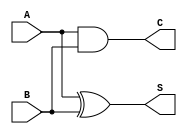
module HalfAdder(
    input A,
    input B,
    output S,
    output C
);
    assign S = A ^ B; // Sum is A XOR B
    assign C = A & B; // Carry is A AND B
endmodule